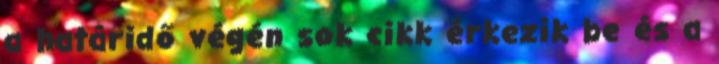
a határidő végén sok cikk érkezik be és a